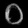
Digit: ၀